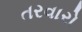
તરવારો